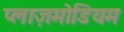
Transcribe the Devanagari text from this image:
प्लाज़मोडियम